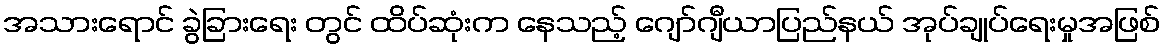
အသားရောင် ခွဲခြားရေး တွင် ထိပ်ဆုံးက နေသည့် ဂျော်ဂျီယာပြည်နယ် အုပ်ချုပ်ရေးမှုအဖြစ်